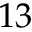
1 3